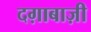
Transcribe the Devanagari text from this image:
दग़ाबाज़ी